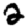
Digit: 2